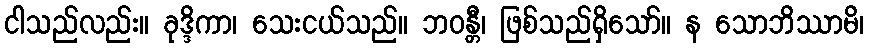
ငါသည်လည်း။ ခုဒ္ဒိကာ၊ သေးငယ်သည်။ ဘဝန္တီ၊ ဖြစ်သည်ရှိသော်။ န သောဘိဿာမိ၊